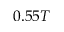
0 . 5 5 T